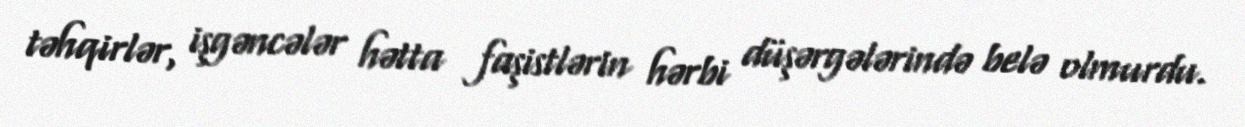
təhqirlər, işgəncələr hətta faşistlərin hərbi düşərgələrində belə olmurdu.